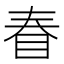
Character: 𰥖